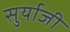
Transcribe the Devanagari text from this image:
सुर्याजी